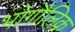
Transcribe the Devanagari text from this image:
भोगौलिक